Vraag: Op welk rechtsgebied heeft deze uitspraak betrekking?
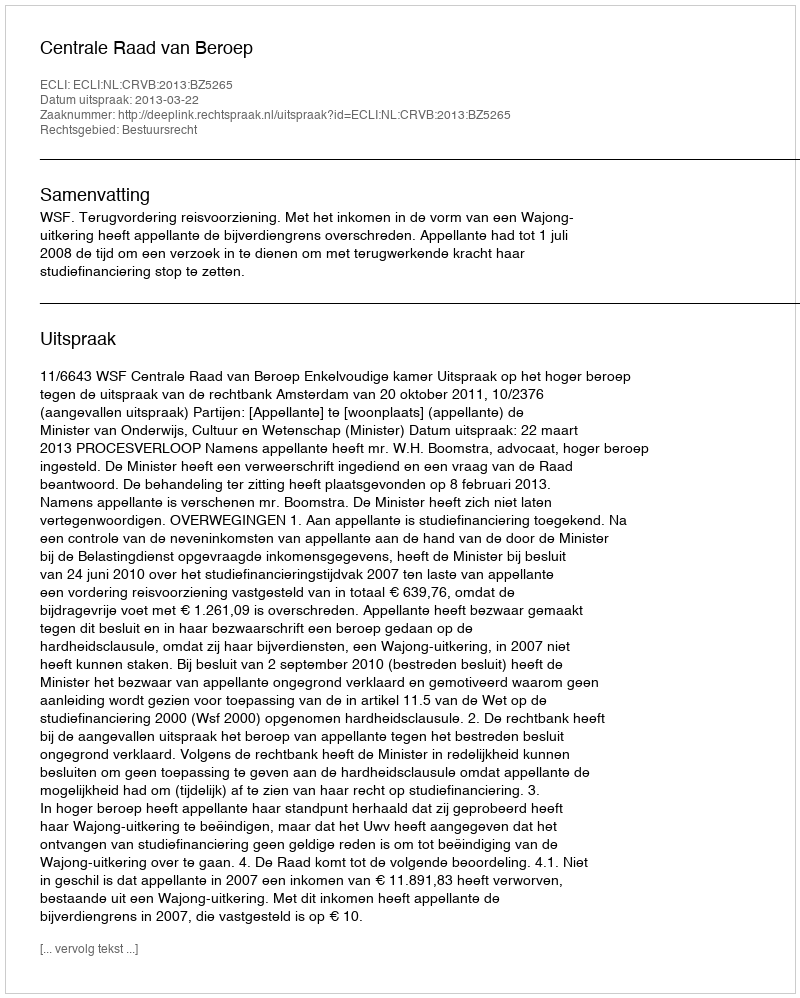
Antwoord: Bestuursrecht